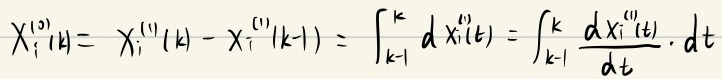
\[ X_{i}^{(0)}[k]=X_{i}^{(1)}(k)-X_{i}^{(1)}(k - 1)=\int_{k - 1}^{k}dX_{i}^{(1)}(t)=\int_{k - 1}^{k}\frac{dX_{i}^{(1)}(t)}{dt}\cdot dt \]